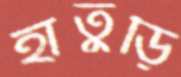
হাতুড়ি